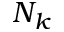
N _ { k }